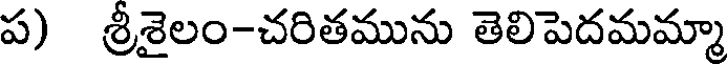
ప) శ్రీశైలం-చరితమును తెలిపెదమమ్మా